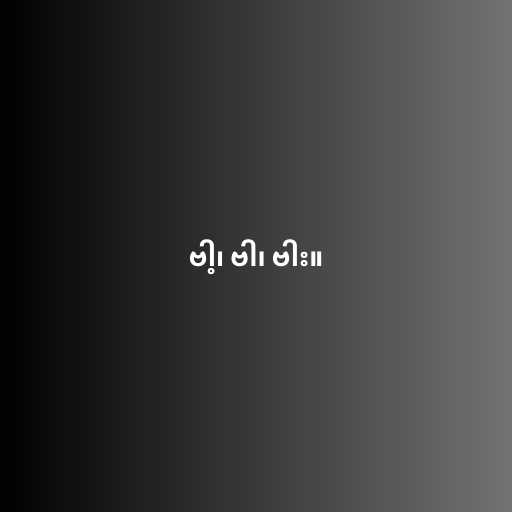
ဗါ့၊ ဗါ၊ ဗါး။